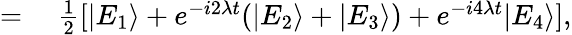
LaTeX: \begin{array}{rl}{=}&{{}~\frac{1}{2}[|E_{1}\rangle+e^{-i2\lambda t}(|E_{2}\rangle+|E_{3}\rangle)+e^{-i4\lambda t}|E_{4}\rangle],}\end{array}